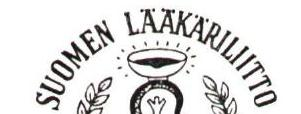
SUOMEN LÄÄKÄRILIITTO